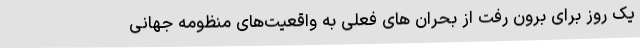
یک روز برای برون رفت از بحران های فعلی به واقعیت‌های منظومه جهانی